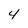
Character: 4